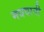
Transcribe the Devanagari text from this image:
मधवानी